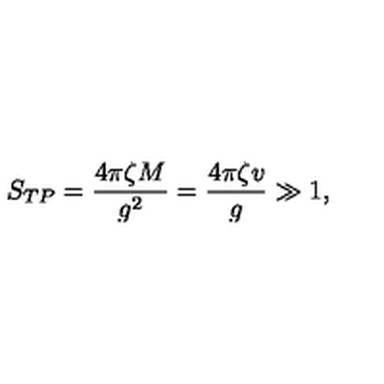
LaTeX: S _ { T P } = \frac { 4 \pi \zeta M } { g ^ { 2 } } = \frac { 4 \pi \zeta v } { g } \gg 1 ,